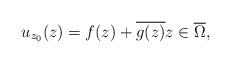
LaTeX: \begin{align*} u_{z_0}(z) = f(z) + \overline{g(z)} z \in \overline{\Omega},\end{align*}